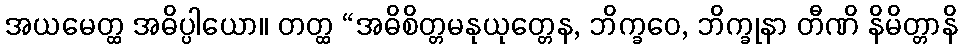
အယမေတ္ထ အဓိပ္ပါယော။ တတ္ထ “အဓိစိတ္တမနုယုတ္တေန, ဘိက္ခဝေ, ဘိက္ခုနာ တီဏိ နိမိတ္တာနိ